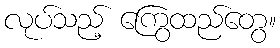
လုပ်သည့် ကြွေထည်တွေ။